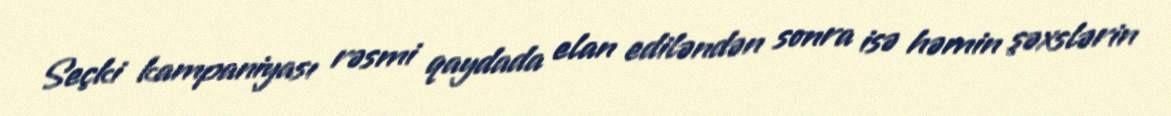
Seçki kampaniyası rəsmi qaydada elan ediləndən sonra isə həmin şəxslərin